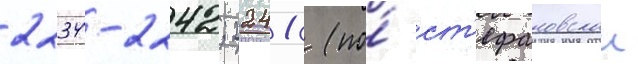
2234-2242; 2241-3 (по́ ст'ефановскои